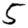
Digit: 5